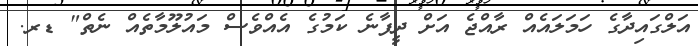
އަލްގައިދާގެ ހަމަލައެއް ރާއްޖެ އަށް ދީފާނެ ކަމުގެ އެއްވެސް މައުލޫމާތެއް ނެތް" ޑރ.